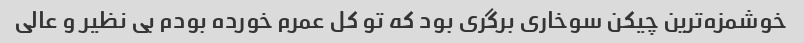
خوشمزه‌ترین چیکن سوخاری برگری بود که تو کل عمرم خورده بودم بی نظیر و عالی